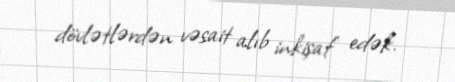
dövlətlərdən vəsait alıb inkişaf edək.